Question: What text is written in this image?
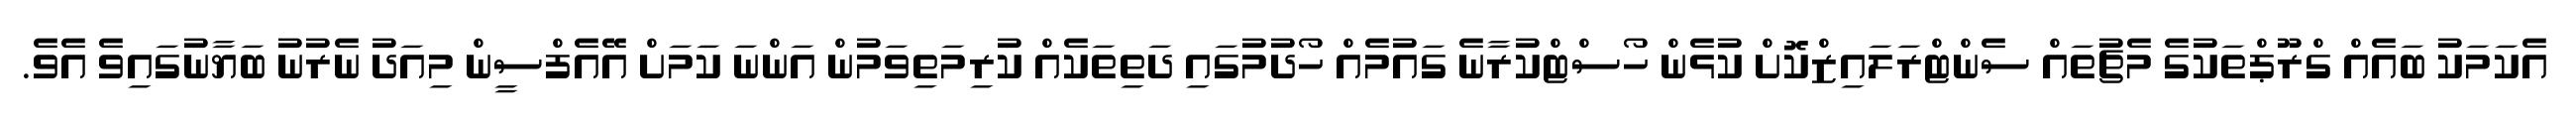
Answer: އެކަމަކު ބައެއް ގްރޫޕްތަކުގެ މެޗުތައް ސެންޓްރަލައިޒްކޮށް ކުޅެން ހޯސްޓްކުރާނެ ގައުމެއް ހޯދުމުގައި ދަތިތަކެއް ކުރިމަތިވަމުން އަންނަ ކަމަށް އޭއެފްސީން މިއަދު ނެރުނު ބަޔާނުގައިވެ އެވެ.